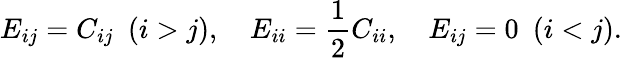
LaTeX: E_{ij}=C_{ij}\ \ (i>j),\ \ \ \ E_{ii}={\frac{1}{2}}C_{ii},\ \ \ \ E_{ij}=0\ \ (i<j).